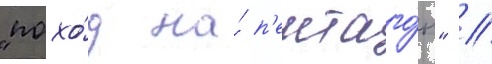
"похо́д на́ п'ентаго́н" /